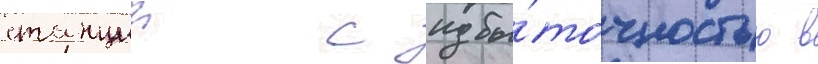
станции с избы́точностью в